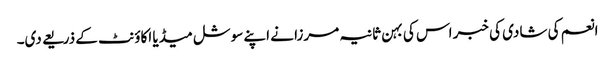
انعم کی شادی کی خبر اس کی بہن ثانیہ مرزا نے اپنے سوشل میڈیا اکاؤنٹ کے ذریعے دی۔